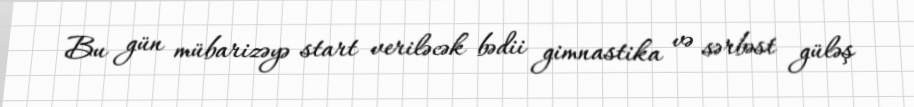
Bu gün mübarizəyə start veriləcək bədii gimnastika və sərbəst güləş